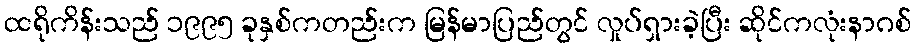
ထရိုကိန်းသည် ၁၉၉၅ ခုနှစ်ကတည်းက မြန်မာပြည်တွင် လှုပ်ရှားခဲ့ပြီး ဆိုင်ကလုံးနာဂစ်